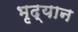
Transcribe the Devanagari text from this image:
भृद्यान